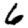
Digit: 6